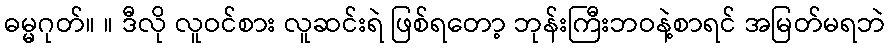
ဓမ္မဂုတ်။ ။ ဒီလို လူဝင်စား လူဆင်းရဲ ဖြစ်ရတော့ ဘုန်းကြီးဘဝနဲ့စာရင် အမြတ်မရဘဲ